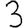
Digit: 3